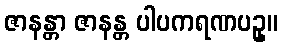
ဇာနန္တာ ဇာနန္တ ပါပကရဏပဥှ။